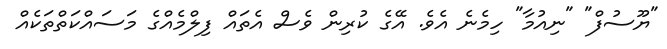
"ޔޫސުފް" "ނިއުމާ" ހިމެނެ އެވެ. އޭގެ ކުރިން ވެސް އެތައް ފިލްމެއްގެ މަސައްކަތްތަކެއް